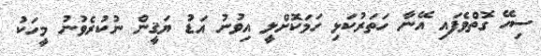
ސިހޭ ގޮތްވެފައި އޭނާ ހަތަރުކަޅި ހަމަކޮށްލީ އިވުނު އަޑު ޔަޤީން ނުކުރެވުނު މީހަކު